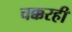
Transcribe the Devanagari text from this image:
चक्करही